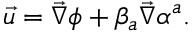
\vec { u } = \vec { \nabla } \phi + \beta _ { a } \vec { \nabla } \alpha ^ { a } .